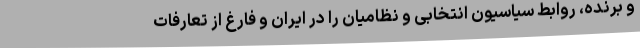
و برنده، روابط سیاسیون انتخابی و نظامیان را در ایران و فارغ از تعارفات